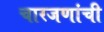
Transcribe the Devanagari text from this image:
चारजणांची